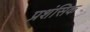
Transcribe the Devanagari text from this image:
प्रशंसिक